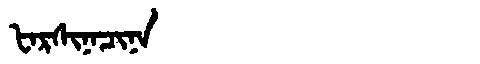
Manchu: ᡶᠠᡵᠰᡳᠨᠠᠴᡳᠨᠠ
Romanization: FARSINACINA